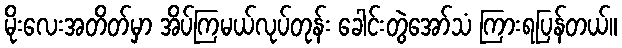
မိုးလေးအတိတ်မှာ အိပ်ကြမယ်လုပ်တုန်း ခေါင်းတွဲအော်သံ ကြားရပြန်တယ်။